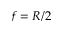
f = R / 2